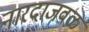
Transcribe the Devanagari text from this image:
नारदाजवळ